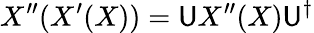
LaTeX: X^{\prime\prime}(X^{\prime}(X))=\mathsf{U}X^{\prime\prime}(X)\mathsf{U}^{\dagger}